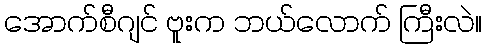
အောက်စီဂျင် ဗူးက ဘယ်လောက် ကြီးလဲ။